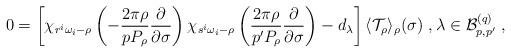
LaTeX: \begin{align*}0=\left[\chi_{r^i\omega_i-\rho}\left(-\frac{2\pi\rho}{pP_\rho}\frac{\partial}{\partial\sigma}\right)\chi_{s^i\omega_i-\rho}\left(\frac{2\pi\rho}{p'P_\rho}\frac{\partial}{\partial\sigma}\right)-d_{\lambda}\right]\langle\mathcal{T}_{\rho}\rangle_{\rho}(\sigma)\ ,\lambda\in\mathcal{B}^{(q)}_{p,p'}\ ,\end{align*}